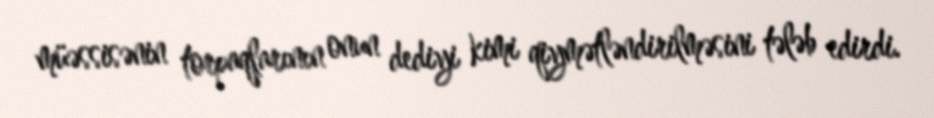
müəssisənin torpaqlarının onun dediyi kimi qiymətləndirilməsini tələb edirdi.